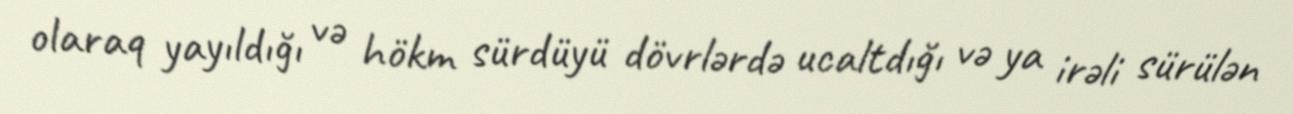
olaraq yayıldığı və hökm sürdüyü dövrlərdə ucaltdığı və ya irəli sürülən